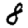
Digit: 8